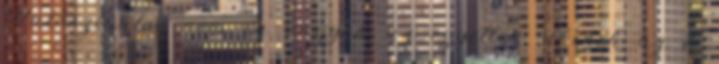
Valószínűleg nem én vagyok az egyetlen, akinek az é.